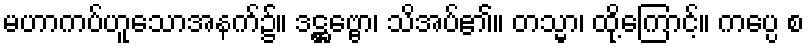
မဟာကပ်ဟူသောအနက်၌။ ဒဋ္ဌဗ္ဗော၊ သိအပ်၏။ တသ္မာ၊ ထို့ကြောင့်။ ကပ္ပေ စ